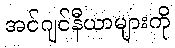
အင်ဂျင်နီယာများကို